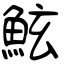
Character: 鮌